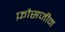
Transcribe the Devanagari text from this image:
फ़ौसजीन